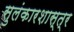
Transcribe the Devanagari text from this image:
सुलंकारशास्त्र